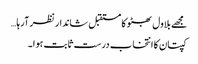
مجھے بلاول بھٹو کا مستقبل شاندار نظر آرہا…
کپتان کا انتخاب درست ثابت ہوا ۔